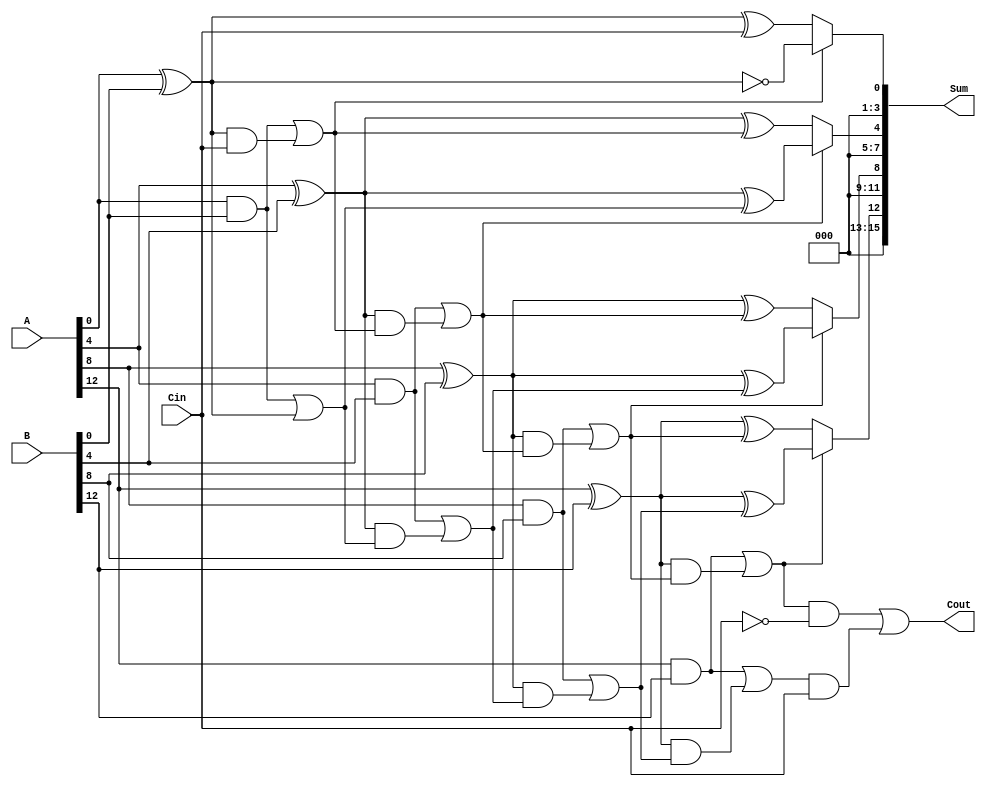
module carry_select_adder (
    input [15:0] A,      // 16-bit input A
    input [15:0] B,      // 16-bit input B
    input Cin,           // Carry input
    output [15:0] Sum,   // 16-bit output Sum
    output Cout          // Carry output
);

  wire [3:0] sum0, sum1; // Partial sums for carry-in = 0 and 1
  wire [3:0] carry0, carry1; // Carry outputs for carry-in = 0 and 1
  
  // Generate and propagate signals
  wire [3:0] G[3:0]; // Generate signals
  wire [3:0] P[3:0]; // Propagate signals
  
  genvar i;
  generate
    for (i = 0; i < 4; i = i + 1) begin : adder_block
      // Carry Select Logic for each 4-bit block
      wire [3:0] A_seg = A[4*i +: 4];
      wire [3:0] B_seg = B[4*i +: 4];
      
      // Compute Generate and Propagate Signals
      assign G[i] = A_seg & B_seg; // G = A & B
      assign P[i] = A_seg ^ B_seg; // P = A ^ B
      
      // Compute sum and carry with carry-in = 0
      assign sum0[i] = P[i] ^ (i == 0 ? Cin : carry0[i-1]);
      assign carry0[i] = G[i] | (P[i] & (i == 0 ? Cin : carry0[i-1]));
      
      // Compute sum and carry with carry-in = 1
      assign sum1[i] = P[i] ^ (i == 0 ? 1'b1 : carry1[i-1]);
      assign carry1[i] = G[i] | (P[i] & (i == 0 ? 1'b1 : carry1[i-1]));
    end
  endgenerate
  
  // Final carry output
  assign Cout = (carry0[3] & ~Cin) | (carry1[3] & Cin);

  // Multiplexer to select final sum based on Cout from previous block
  assign Sum[3:0] = carry0[0] ? sum1[0] : sum0[0];
  assign Sum[7:4] = carry0[1] ? sum1[1] : sum0[1];
  assign Sum[11:8] = carry0[2] ? sum1[2] : sum0[2];
  assign Sum[15:12] = carry0[3] ? sum1[3] : sum0[3];
  
endmodule